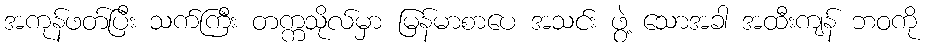
အကုန်ဖတ်ပြီး သက်ကြီး တက္ကသိုလ်မှာ မြန်မာစာပေ အသင်း ဖွဲ့ သောအခါ အထီးကျန် ဘဝကို